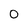
Character: 0